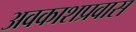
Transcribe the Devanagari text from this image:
अवकाशप्रवास